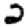
Digit: 2